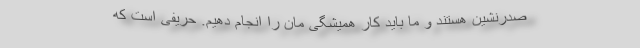
صدرنشین هستند و ما باید کار همیشگی مان را انجام دهیم. حریفی است که